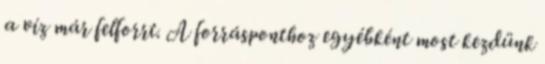
a víz már felforrt. A forrásponthoz egyébként most kezdünk